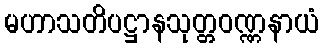
မဟာသတိပဋ္ဌာနသုတ္တဝဏ္ဏနာယံ